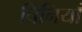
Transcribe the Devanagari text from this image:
चिनियाँ